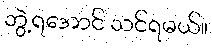
ဘွဲ့ရအောင် သင်ရမယ်။